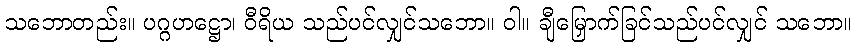
သဘောတည်း။ ပဂ္ဂဟဋ္ဌော၊ ဝီရိယ သည်ပင်လျှင်သဘော။ ဝါ။ ချီမြှောက်ခြင်သည်ပင်လျှင် သဘော။